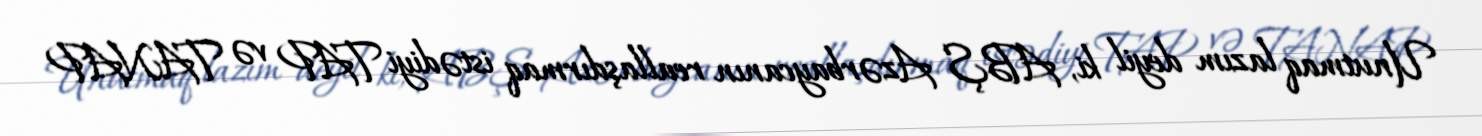
Unutmaq lazım deyil ki, ABŞ Azərbaycanın reallaşdırmaq istədiyi TAP və TANAP